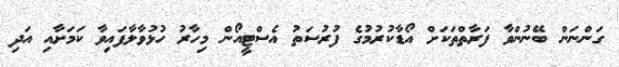
ގަންނަން ބޭނުންވާ ފަރާތްތަކަށް އޯޑާކުރުމުގެ ފުރުސަތު އެސްޓީއޯން މިހާރު ހުޅުވާލާފައިވާ ކަމަށާއި އަދި